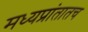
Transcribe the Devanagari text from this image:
मध्यप्रांतातच